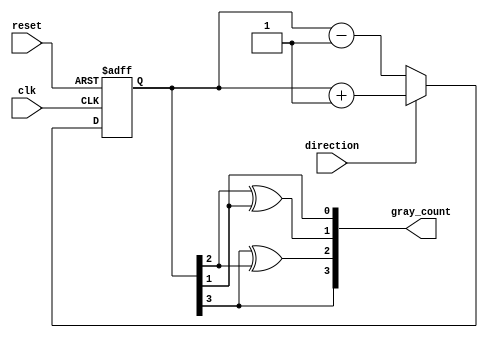
module gray_counter
(
    input wire clk,
    input wire reset,
    input wire direction,
    output reg [3:0] gray_count
);

reg [3:0] count;

always @(posedge clk or posedge reset) begin
    if (reset) begin
        count <= 4'b0000;
    end else begin
        if (direction) begin
            count <= count + 1;
        end else begin
            count <= count - 1;
        end
    end
end

assign gray_count = {count[3], count[3] ^ count[2], count[2] ^ count[1], count[1]};

endmodule